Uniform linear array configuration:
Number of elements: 48
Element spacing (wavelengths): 0.25
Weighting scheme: exponential
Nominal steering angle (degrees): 0
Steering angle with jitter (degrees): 0.07327
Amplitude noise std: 0.05
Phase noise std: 0.05

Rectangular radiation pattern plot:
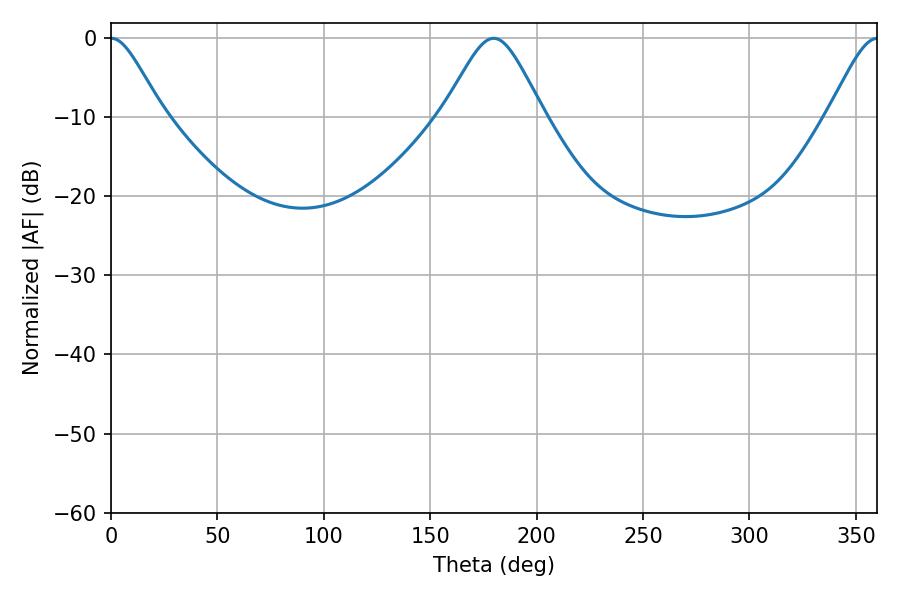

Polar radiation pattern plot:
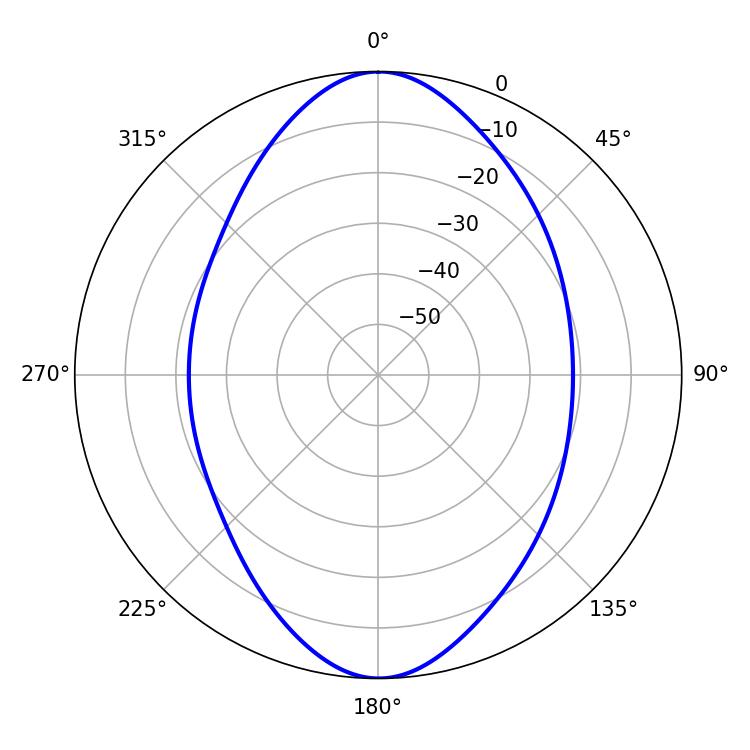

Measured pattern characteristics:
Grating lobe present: FALSE
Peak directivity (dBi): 20.275
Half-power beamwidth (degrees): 11.88
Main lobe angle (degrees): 0.18